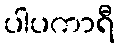
ပါပကာရီ